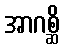
အာဂစ္ဆိ